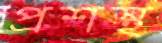
প্রশস্থ